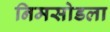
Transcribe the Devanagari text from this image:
निमसोडला